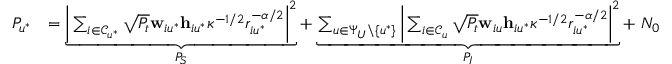
\begin{array} { r l } { P _ { u ^ { * } } } & { = \underbrace { \bigg | \sum _ { i \in \mathcal { C } _ { u ^ { * } } } \sqrt { P _ { t } } \mathbf { w } _ { i u ^ { * } } \mathbf { h } _ { i u ^ { * } } \kappa ^ { - 1 / 2 } r _ { i u ^ { * } } ^ { - \alpha / 2 } \bigg | ^ { 2 } } _ { P _ { S } } + \underbrace { \sum _ { u \in \Psi _ { U } \backslash \{ u ^ { * } \} } \bigg | \sum _ { i \in \mathcal { C } _ { u } } \sqrt { P _ { t } } \mathbf { w } _ { i u } \mathbf { h } _ { i u ^ { * } } \kappa ^ { - 1 / 2 } r _ { i u ^ { * } } ^ { - \alpha / 2 } \bigg | ^ { 2 } } _ { P _ { I } } + \; N _ { 0 } } \end{array}